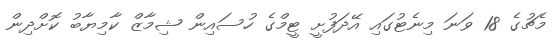
މެޗުގެ 18 ވަނަ މިނެޓުގައި އޭދަފުށީ ޓީމްގެ ހުސައިން ޝިމާޒް ކާމިޔާބު ކޮށްދިން